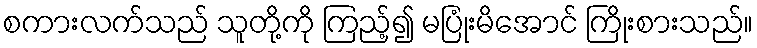
စကားလက်သည် သူတို့ကို ကြည့်၍ မပြုံးမိအောင် ကြိုးစားသည်။